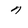
Character: 7